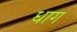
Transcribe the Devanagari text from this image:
धाग